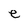
Character: e